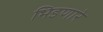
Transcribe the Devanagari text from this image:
भिडणारे